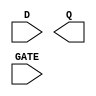
module sky130_fd_sc_hvl__dlxtp (
    //# {{data|Data Signals}}
    input  D   ,
    output Q   ,

    //# {{clocks|Clocking}}
    input  GATE
);

    // Voltage supply signals
    supply1 VPWR;
    supply0 VGND;
    supply1 VPB ;
    supply0 VNB ;

endmodule